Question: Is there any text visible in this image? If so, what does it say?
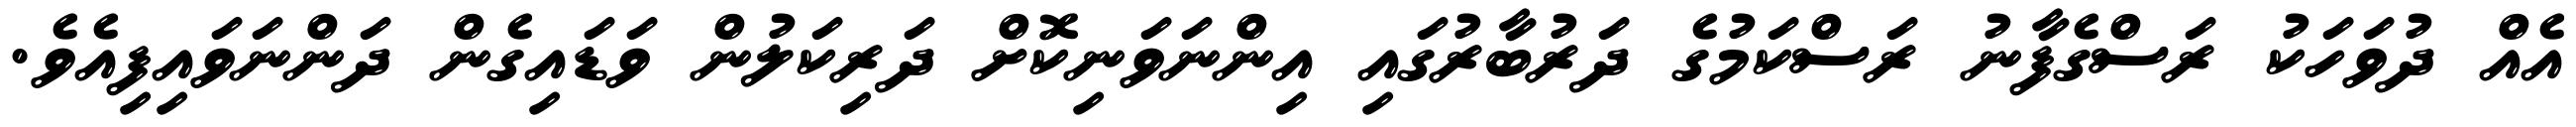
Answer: އެއް ދުވަހަކު ރަސްގެފާނު ރަސްކަމުގެ ދަރުބާރުގައި އިންނަވަނިކޮށް ދަރިކަލުން ވަޑައިގެން ދަންނަވައިފިއެވެ.